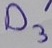
Text: D3